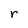
Character: r